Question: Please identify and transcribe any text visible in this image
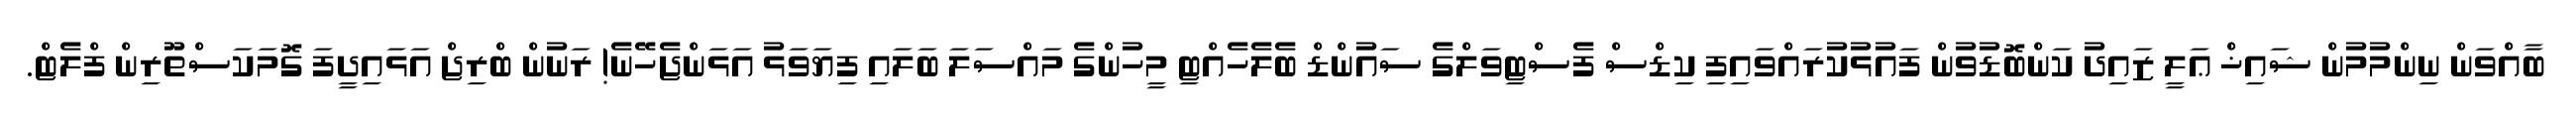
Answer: ބާއްވަން ނިންމުމުން ޝައިޚް ޢަލީ ޒައިދު ކަންބޮޑުވުން ފައުޅުކުރައްވައިފި ކިޑްސް ފެސްޓިވަލްގެ ސައުންޑް ބެލެހެއްޓި މީހުންގެ މައްސަލަ ބަލައި ފިޔަވަޅު އަޅަންޖެހޭނެ! ރަނުން ބްރިޖް އަޅައިދީފަ ގޮމަކަސްތޫރިން ފްލެޓް.